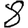
Digit: 8